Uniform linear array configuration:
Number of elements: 8
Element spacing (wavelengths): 0.5
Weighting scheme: binomial
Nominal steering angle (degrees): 60
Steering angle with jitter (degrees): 59.407
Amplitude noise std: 0.05
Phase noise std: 0.05

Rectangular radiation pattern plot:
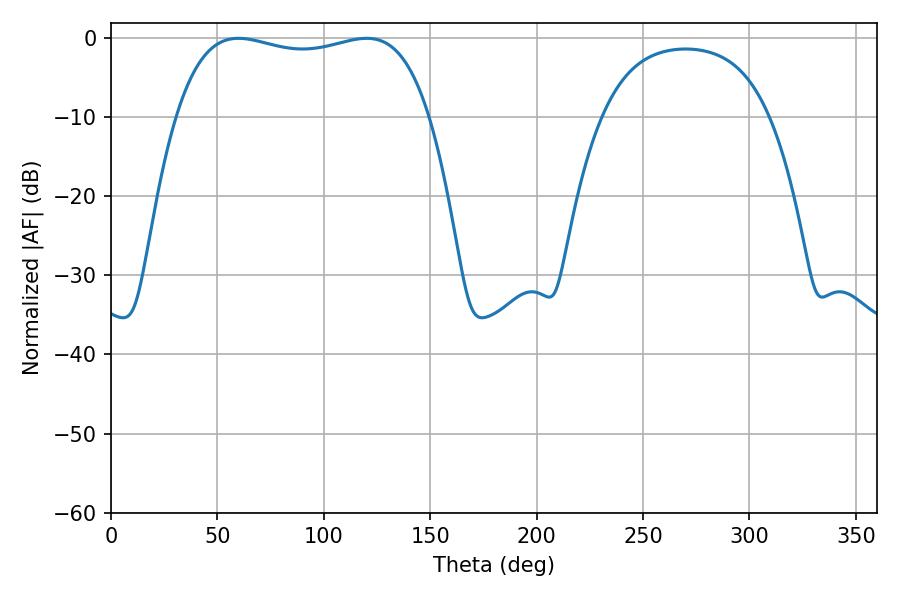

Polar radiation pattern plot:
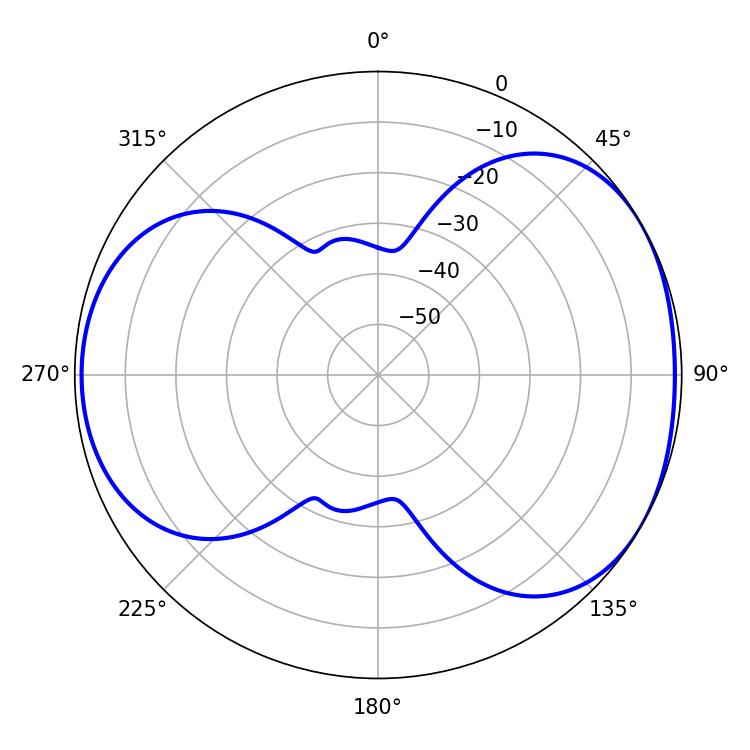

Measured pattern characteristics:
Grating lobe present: FALSE
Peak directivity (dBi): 4.634
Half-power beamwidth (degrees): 96.48
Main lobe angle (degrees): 59.94